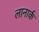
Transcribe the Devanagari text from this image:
लानार्क